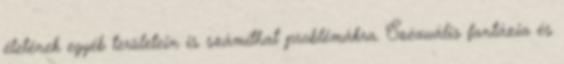
életének egyéb területein is számíthat problémákra. Szexuális fantázia és